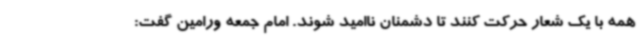
همه با یک شعار حرکت کنند تا دشمنان ناامید شوند. امام جمعه ورامین گفت: